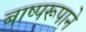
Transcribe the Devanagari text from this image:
बाष्परूपाने